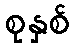
စုနှစ်